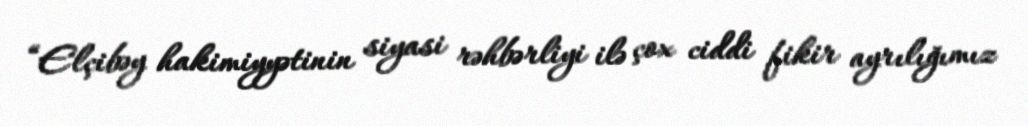
“Elçibəy hakimiyyətinin siyasi rəhbərliyi ilə çox ciddi fikir ayrılığımız